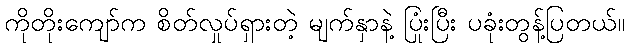
ကိုတိုးကျော်က စိတ်လှုပ်ရှားတဲ့ မျက်နှာနဲ့ ပြုံးပြီး ပခုံးတွန့်ပြတယ်။